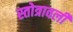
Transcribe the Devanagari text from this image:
स्तोत्रावली